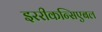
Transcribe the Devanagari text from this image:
इररीकन्सिएबल